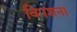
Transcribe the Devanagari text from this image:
विपशना